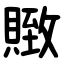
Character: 䞃